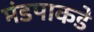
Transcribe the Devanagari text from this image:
मंडपाकडे